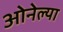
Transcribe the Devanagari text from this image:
ओनेल्या